Lunatic asylums in Bengal annual reports 1899-1911 - 1899-1911
Year: 1899
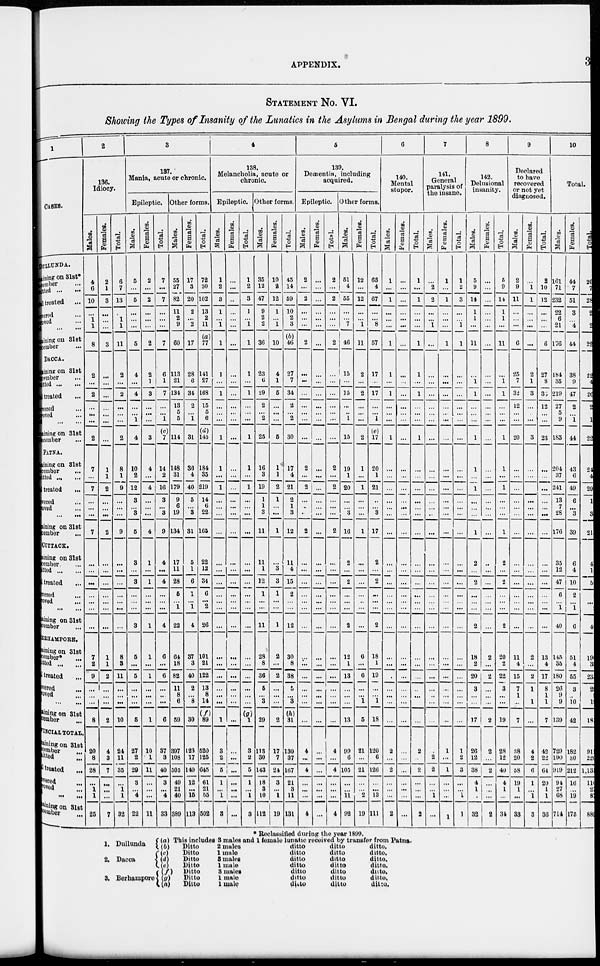
APPENDIX.
3
STATEMENT NO. VI.
Showing the Types of Insanity of the Lunatics in the Asylums in Bengal during the year 1899.
1
CASES.
DULLUNDA.
Remaining on 31st*
December ...
Admitted
...
Tota1
treated ...
Recovered ...
Improved.
...
Died ...
Remani ng on 31st
December ...
DACCA.
Remaining on 31st
December ...
Admitted ... ...
Total treated ...
Recovered ...
Improved ...
Died ...
Remai ni ng on 31st
December ...
PATNA.
Remai ni ng on 31st
December ...
Admiitted ... ...
Total treated
...
Recovered ...
Improved
...
Died
...
Remai ni ng on 31st
December ...
CUTTACK.
Remai ni ng on 31st
December ...
Admitted ... ...
Total treated ...
Recovered ...
Impovered ...
Died ... ...
Remai ni ng on 31st
December ...
BEHAMPORE.
Remai ni ng on 31st
December* ...
Admitted ... ...
Total treated ...
Recovered ...
I mpr oved ...
Died ... ...
Remai ni ng on 31st
December ...
PROVI NCI AL TOTAL.
Remai ni ng on 31st
December ...
Admitted ...
Total treated
...
Recovered ...
Improved ...
Died ... ...
Remaining on 31st
December ...
2
136.
Idiocy.
Males.
4
6
10
...
1
1
8
2
...
2
...
...
...
2
7
...
7
...
...
...
7
...
...
...
...
...
...
...
7
2
9
...
...
...
8
20
8
28
...
1
1
25
Females.
2
1
3
...
...
...
3
...
...
...
...
...
...
...
1
1
2
...
...
...
2
...
...
...
...
...
...
...
1
1
2
...
...
...
2
4
3
7
...
...
...
7
Total.
6
7
13
...
1
1
11
2
...
2
...
...
...
2
8
1
9
...
...
...
9
...
...
...
...
...
...
...
8
3
11
...
...
...
10
24
11
35
...
1
1
32
3
137.
Mania, acute or chronic.
Epileptic.
Males.
5
...
5
...
...
...
5
4
...
4
...
...
1
4
10
2
12
3
...
3
5
3
...
3
...
...
...
3
5
...
5
...
...
...
5
27
2
29
3
...
4
22
Females.
2
...
2
...
...
...
2
2
1
3
...
...
...
3
4
...
4
...
...
...
4
1
...
1
...
...
...
1
1
...
1
...
...
...
1
10
1
11
...
...
...
11
Total.
7
...
7
...
...
...
7
6
1
7
...
...
1
(c)
7
14
2
16
3
...
3
9
4
...
4
...
...
...
4
6
...
6
...
...
...
6
37
3
40
3
...
4
33
Other forms.
Males.
55
27
82
11
2
9
60
113
21
134
13
5
5
114
148
31
179
9
6
19
134
17
11
28
5
...
1
22
64
18
82
11
8
6
59
397
108
505
49
21
40
389
Females.
17
3
20
2
...
2
17
28
6
34
2
...
1
31
36
4
40
5
...
3
31
5
1
6
1
...
1
4
37
3
40
2
...
8
30
123
17
140
12
...
15
113
Total.
72
30
102
13
2
11
(a)
77
141
27
168
15
5
6
(d)
145
184
35
219
14
6
22
165
22
12
34
6
...
2
26
101
21
122
13
8
14
(f)
89
520
125
645
61
21
55
502
4
138.
Melancholia, acute or
chronic
Epileptic.
Males.
1
2
3
1
...
1
1
1
...
1
...
...
...
1
1
...
1
...
...
...
...
...
...
...
...
...
...
...
...
...
...
...
...
...
1
3
2
5
1
...
1
3
Females.
...
...
...
...
...
...
...
...
...
...
...
...
...
...
...
...
...
...
...
...
...
...
...
...
...
...
...
...
...
...
...
...
...
...
...
...
...
...
...
...
...
...
Total.
1
2
3
1
...
1
1
1
...
1
...
...
...
1
1
...
1
...
...
...
...
...
...
...
...
...
...
...
...
...
...
...
...
...
(g)
1
3
2
5
1
...
1
3
Other forms.
Males.
35
12
47
9
2
2
36
23
6
29
2
...
2
25
16
3
19
1
1
3
11
11
1
12
1
...
...
11
28
8
36
5
...
3
29
113
30
143
18
3
10
112
Females.
10
2
12
1
...
1
10
4
1
5
...
...
...
5
1
1
2
1
...
...
1
...
3
3
1
...
...
1
2
...
2
...
...
...
2
17
7
24
3
...
1
19
Total.
45
14
59
10
2
3
(b)
46
27
7
34
2
...
2
30
17
4
21
2
1
3
12
11
4
15
2
...
...
12
30
8
38
5
...
3
(h)
31
130
37
167
21
3
11
131
5
139.
Dementia, including
acquired.
Epileptic.
Males.
2
...
2
...
...
...
2
...
...
...
...
...
...
...
2
...
2
...
...
...
2
...
...
...
...
...
...
...
...
...
...
...
...
...
...
4
...
4
...
...
...
4
Females.
...
...
...
...
...
...
...
...
...
...
...
...
...
...
...
...
...
...
...
...
...
...
...
...
...
...
...
...
...
...
...
...
...
...
...
...
...
...
...
...
...
...
Total.
2
...
2
...
...
...
2
...
...
...
...
...
...
...
2
...
2
...
...
...
2
...
...
...
...
...
...
...
...
...
...
...
...
...
...
4
...
4
...
...
...
4
Other forms.
Males.
51
4
55
...
... 7
46
15
...
15
...
...
1
15
19
1
20
...
...
3
16
2
...
2
...
...
...
2
12
1
13
...
...
...
13
99
6
105
...
...
11
92
Females.
12
...
12
...
...
1
11
2
...
2
...
...
...
2
1
...
1
...
...
...
1
...
...
...
...
...
...
...
6
...
6
...
...
1
5
21
...
21
...
...
2
19
Total.
63
4
67
...
...
8
57
17
...
17
...
...
1
(e)
17
20
1
21
...
...
3
17
2
...
2
...
...
...
2
18
1
19
...
...
1
18
120
6
126
...
...
13
111
6
140.
Mental
stupor.
Males.
1
...
1
...
...
...
1
1
...
1
...
...
...
1
...
...
...
...
...
...
...
...
...
...
...
...
...
...
...
...
...
...
...
...
...
2
...
2
...
...
...
2
Females.
...
...
...
...
...
...
...
...
...
...
...
...
...
...
...
...
...
...
...
...
...
...
...
...
...
...
...
...
...
...
...
...
...
...
...
...
...
...
...
...
...
...
Total.
1
...
1
...
...
...
1
1
...
1
...
...
...
1
...
...
...
...
...
...
...
...
...
...
...
...
...
...
...
...
...
...
...
...
...
2
...
2
...
...
...
2
7
141.
General
paralysis of
the insane.
Males.
...
2
2
...
...
1
...
...
...
...
...
...
...
...
...
...
...
...
...
...
...
...
...
...
...
...
...
...
...
...
...
...
...
...
...
...
2
2
...
...
1
...
Females.
1
...
1
...
...
...
1
...
...
...
...
...
...
...
...
...
...
...
...
...
...
...
...
...
...
...
...
...
...
...
...
...
...
...
...
1
...
1
...
...
...
1
Total.
1
2
3
...
... 1
1
...
...
...
...
...
...
...
...
...
...
...
...
...
...
...
...
...
...
...
...
...
...
...
...
...
...
...
...
1
2
3
...
...
1
1
8
142.
Delusional
insanity.
Males.
5
9
14
1
1
...
11
...
1
1
...
...
...
1
1
...
1
...
...
...
1
2
...
2
...
...
...
2
18
2
20
3
...
...
17
26
12
38
4
1
...
32
Females.
...
...
...
...
...
...
...
...
...
...
...
...
...
...
...
...
...
...
...
...
...
...
...
...
...
...
...
...
2
...
2
...
...
...
2
2
...
2
...
...
...
2
Total.
5
9
14
1
1
...
11
...
1
1
...
...
...
1
1
...
1
...
...
...
1
2
...
2
...
...
...
2
20
2
22
3
...
...
19
28
12
40
4
1
...
34
9
Declared
to have
recovered
or not yet
diagnosed.
Males.
2
9
11
...
...
...
6
25
7
32
12
...
...
20
...
...
...
...
...
...
...
...
...
...
...
...
...
...
11
4
15
7
1
...
7
38
20
58
19
1
...
33
Females.
...
1
1
...
...
...
...
2
1
3
...
...
...
3
...
...
...
...
...
...
...
...
...
...
...
...
...
...
2
...
2
1
...
1
...
4
2
6
1
...
1
3
Total.
2
10
12
...
...
...
6
27
8
35
12
...
...
23
...
...
...
...
...
...
...
...
...
...
...
...
...
...
13
4
17
8
1
1
7
42
22
64
20
1
1
36
10
Total.
Males.
161
71
232
22
6
21
176
184
35
219
27
5
9
183
204
37
241
13
7
28
176
35
12
47
6
...
1
40
145
35
180
26
9
9
139
729
190
919
94
27
68
714
Females.
44
7
51
3
... 4
44
38
9
47
2
...
1
44
43
6
49
6
...
3
39
6
4
10
2
...
1
6
51
4
55
3
...
10
42
182
30
212
16
...
19
175
Total.
205
7
28
25
6 25
220
226
4
26
29
5
10
22
247
43
290
1
7
31
215
41
16
57
8
...
2
46
196
39
235
29
9
19
181
911
220
1,131
110
27
87
889
* Reclassified during the year 1899.
1. Dullunda
2. Dacca
3. Berhampore
(a) This includes 3 males and 1 female lunatic received by transfer from Patna.
(b)
Ditto
(c)
Ditto
(d)
Ditto
(e)
Ditto
(f)
Ditto
(g)
Ditto
(h)
Ditto
2 males
1 male
3 males
1 male
3 males
1 male
1 male
ditto
ditto
ditto
ditto
ditto
ditto
ditto
ditto
ditto
ditto
ditto
ditto
ditto
ditto
ditto.
ditto.
ditto.
ditto.
ditto.
ditto.
ditto.